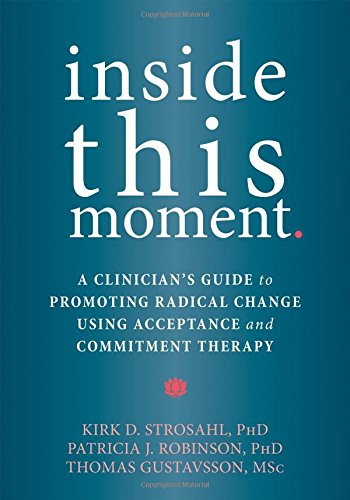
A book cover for Inside This Moment: A Clinician's Guide to Promoting Radical Change Using Acceptance and Commitment Therapy; Kirk D. Strosahl PhD; Medical Books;